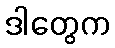
ဒါတွေက